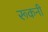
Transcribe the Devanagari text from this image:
रूकनी